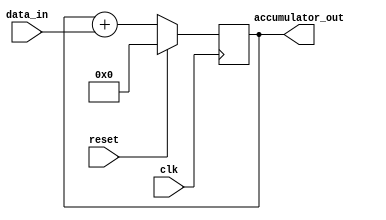
module PipelineAccumulator(
    input wire clk,
    input wire reset,
    input wire [7:0] data_in,
    output reg [15:0] accumulator_out
);

reg [15:0] accumulator;

always @(posedge clk) begin
    if (reset) begin
        accumulator <= 16'd0;
    end else begin
        accumulator <= accumulator + data_in;
    end
end

assign accumulator_out = accumulator;

endmodule